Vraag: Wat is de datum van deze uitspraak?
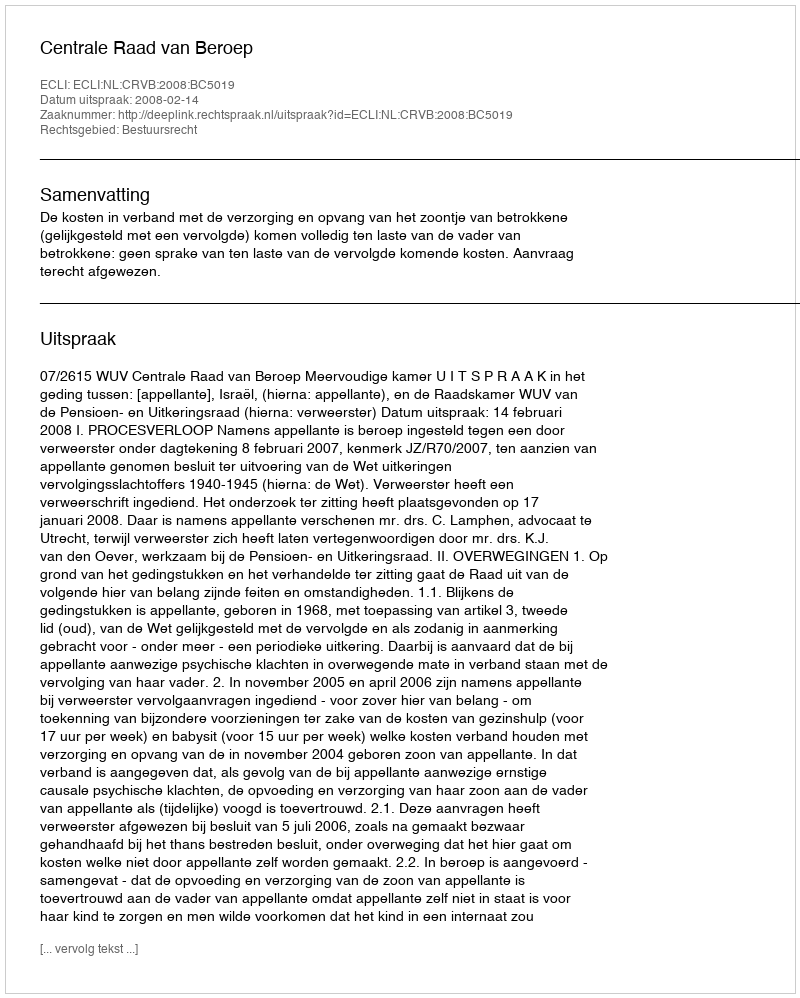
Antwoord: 2008-02-14